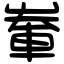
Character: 輋